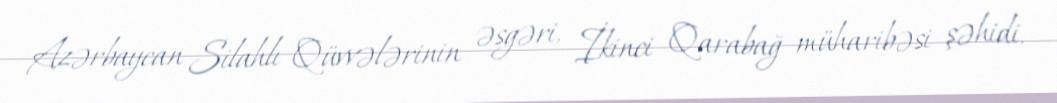
Azərbaycan Silahlı Qüvvələrinin əsgəri, İkinci Qarabağ müharibəsi şəhidi.